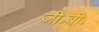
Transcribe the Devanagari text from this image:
जी॰बी॰